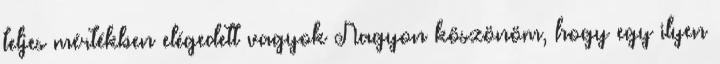
teljes mértékben elégedett vagyok Nagyon köszönöm, hogy egy ilyen